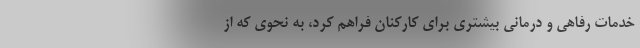
خدمات رفاهی و درمانی بیشتری برای کارکنان فراهم کرد، به نحوی که از